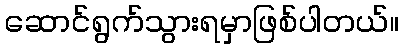
ဆောင်ရွက်သွားရမှာဖြစ်ပါတယ်။